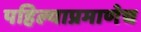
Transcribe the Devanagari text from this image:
पहिल्याप्रमाणेच